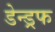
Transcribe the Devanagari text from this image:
डेन्ड्रफ